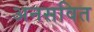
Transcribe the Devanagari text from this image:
अनसवित